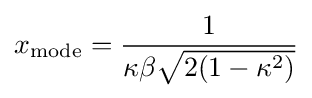
x_{\textrm {mode}}={\frac {1}{\kappa \beta {\sqrt {2(1-\kappa ^{2})}}}}